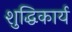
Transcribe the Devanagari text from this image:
शुद्धिकार्य